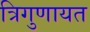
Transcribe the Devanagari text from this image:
त्रिगुणायत